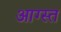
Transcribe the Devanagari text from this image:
आग्स्त